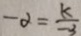
- \alpha = \frac { k } { - 3 }